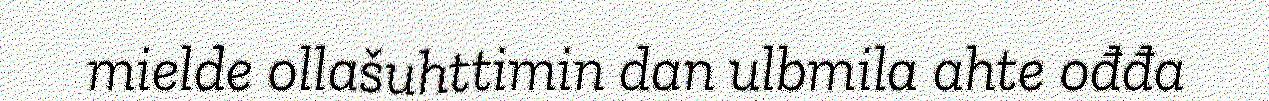
mielde ollašuhttimin dan ulbmila ahte ođđa